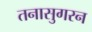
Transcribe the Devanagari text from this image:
तनासुगरन